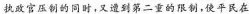
执政官压制的同时，又遭到第二重的限制，使平民在